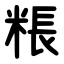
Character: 粻